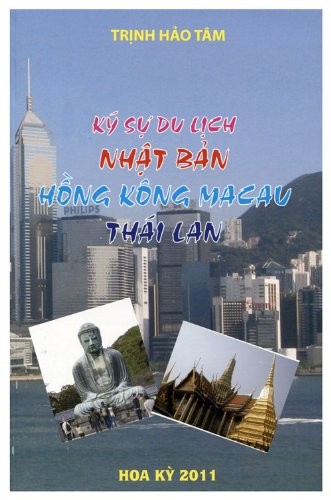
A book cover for KÃ½ sE»± du lE»Ech NhEº­t BEº£n, Hong Kong MaCau vÃ  ThÃ¡i Lan; TrE»Enh HEº£o TÃ¢m; Travel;